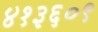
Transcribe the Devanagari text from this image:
४१३६०९